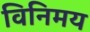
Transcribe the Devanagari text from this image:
विनिमय